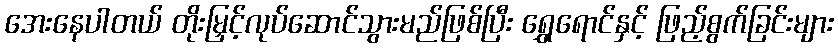
အေးနေပါတယ် တိုးမြှင့်လုပ်ဆောင်သွားမည်ဖြစ်ပြီး ရွှေရောင်နှင့် ဖြည့်စွက်ခြင်းများ